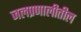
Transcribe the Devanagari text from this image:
जलप्रणालीतील